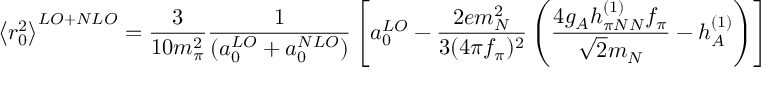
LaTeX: \left\langle r _ { 0 } ^ { 2 } \right\rangle ^ { L O + N L O } = \frac { 3 } { 1 0 m _ { \pi } ^ { 2 } } \frac { 1 } { ( a _ { 0 } ^ { L O } + { a } _ { 0 } ^ { N L O } ) } \left[ a _ { 0 } ^ { L O } - \frac { 2 e m _ { N } ^ { 2 } } { 3 ( 4 \pi f _ { \pi } ) ^ { 2 } } \left( \frac { 4 g _ { A } h _ { \pi N N } ^ { ( 1 ) } f _ { \pi } } { \sqrt { 2 } m _ { N } } - h _ { A } ^ { ( 1 ) } \right) \right] ,